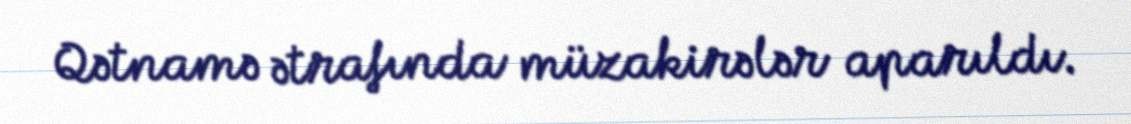
Qətnamə ətrafında müzakirələr aparıldı.